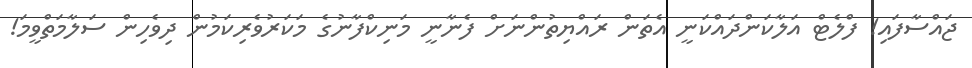
ޖައްސާފައި! ފްލެޓް އަލާކަންދައްކަނީ އެތަން ރައްޔިތުންނަށް ފެނާނީ މަނިކްފާނުގެ މަކަރުވެރިކަމުން ދިވެހިން ސަލާމަތްވީމަ!